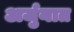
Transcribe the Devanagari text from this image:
अर्जुनात